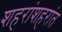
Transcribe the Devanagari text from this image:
शहरांशहरांत